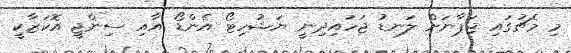
މި މެޗުގައި ޖަޕާނަށް ލަނޑު ޖަހައިދިނީ ޔަޝުހިޓޯ އެންޑޯ އާއި ސިންޖީ އޮކަޒާކީ